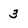
Character: 3